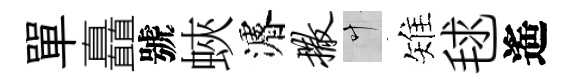
單矗號蛺濬撒叶雉毬遙